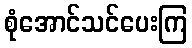
စုံအောင်သင်ပေးကြ